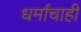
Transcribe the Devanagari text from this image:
धर्मांचाही